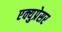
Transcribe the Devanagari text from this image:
एक्युप्रेसर